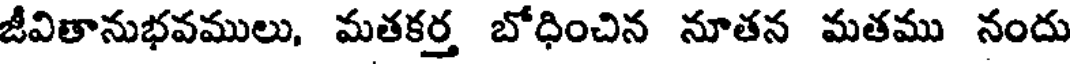
జీవితానుభవములు, మతకర్త బోధించిన నూతన మతము నందు